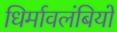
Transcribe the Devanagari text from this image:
धिर्मावलंबियों